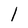
Character: l